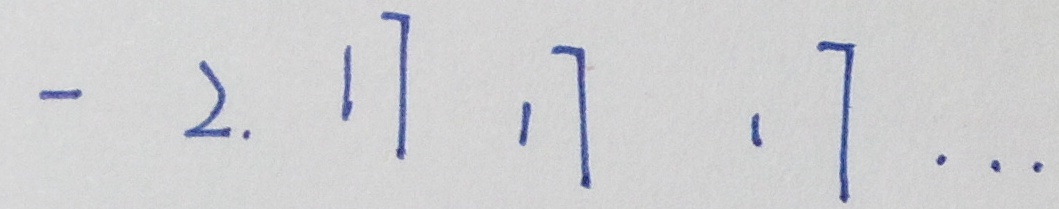
- 2 . 1 7 1 7 1 7 \cdots